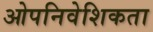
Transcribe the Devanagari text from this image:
ओपनिवेशिकता